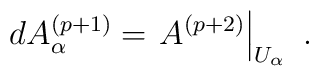
dA^{(p+1)}_\alpha = \left.A^{(p+2)}\right|_{U_\alpha}\ .